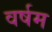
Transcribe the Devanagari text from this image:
वर्षम